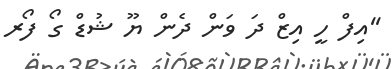
''އިފް ހީ އިޒް ދަ ވަން ދެން ޔޫ ޝުޑް ގޯ ފޯރ